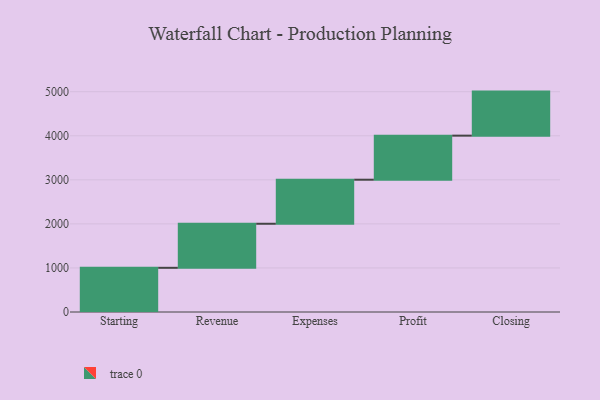
{"axis": {"x": "Step", "y": "Value"}, "legend": [""], "data": [{"x": "Starting", "y": 1003.0, "type": ""}, {"x": "Revenue", "y": 1000, "type": ""}, {"x": "Expenses", "y": 1000, "type": ""}, {"x": "Profit", "y": 1000, "type": ""}, {"x": "Closing", "y": 1000, "type": ""}]}